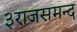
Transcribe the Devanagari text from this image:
३राजसमन्द